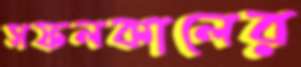
সফলকালের